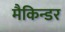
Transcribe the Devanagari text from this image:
मैकिन्डर